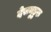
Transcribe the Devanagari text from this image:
देसमुडुरु